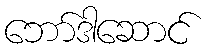
ဘော်ဒါဆောင်